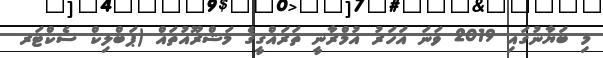
މި ބަޔާނުގައި 2019 ވަނަ އަހަރު އުމްރާނީ ތަރައްގީގެ މަޝްރޫއުތައް (ޕަބްލިކް ސެކްޓަރ